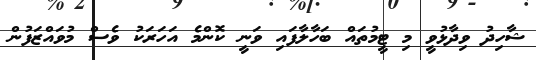
ޝާހިދު ވިދާޅުވީ މި ޓީމުތައް ބަހާލާފައި ވަނީ ކޮންމެ އަހަރަކު ވެސް މުވައްޒަފުން